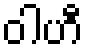
ဝါဟီ